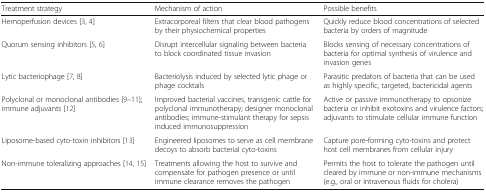
| Treatment strategy | Mechanism of action | Possible benefits |
 | --- | --- | --- |
 | Hemoperfusion devices [3, 4] | Extracorporeal filters that clear blood pathogens by their physiochemical properties | Quickly reduce blood concentrations of selected bacteria by orders of magnitude |
 | Quorum sensing inhibitors [5, 6] | Disrupt intercellular signaling between bacteria to block coordinated tissue invasion | Blocks sensing of necessary concentrations of bacteria for optimal synthesis of virulence and invasion genes |
 | Lytic bacteriophage [7, 8] | Bacteriolysis induced by selected lytic phage or phage cocktails | Parasitic predators of bacteria that can be used as highly specific, targeted, bactericidal agents |
 | Polyclonal or monoclonal antibodies [9–11]; immune adjuvants [12] | Improved bacterial vaccines, transgenic cattle for polyclonal immunotherapy; designer monoclonal antibodies; immune-stimulant therapy for sepsis induced immunosuppression | Active or passive immunotherapy to opsonize bacteria or inhibit exotoxins and virulence factors; adjuvants to stimulate cellular immune function |
 | Liposome-based cyto-toxin inhibitors [13] | Engineered liposomes to serve as cell membrane decoys to absorb bacterial cyto-toxins | Capture pore-forming cyto-toxins and protect host cell membranes from cellular injury |
 | Non-immune toleralizing approaches [14, 15] | Treatments allowing the host to survive and compensate for pathogen presence or until immune clearance removes the pathogen | Permits the host to tolerate the pathogen until cleared by immune or non-immune mechanisms (e.g., oral or intravenous fluids for cholera) |